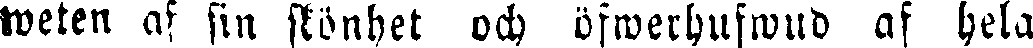
weten af sin skönhet och öfwerhufwud af hela